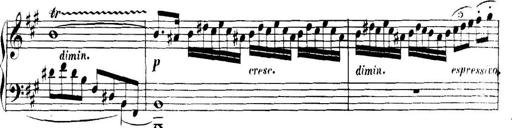
Title: Collected Piano Sonatas
Composer: Muzio Clementi